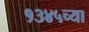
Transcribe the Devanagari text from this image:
१३४५च्या